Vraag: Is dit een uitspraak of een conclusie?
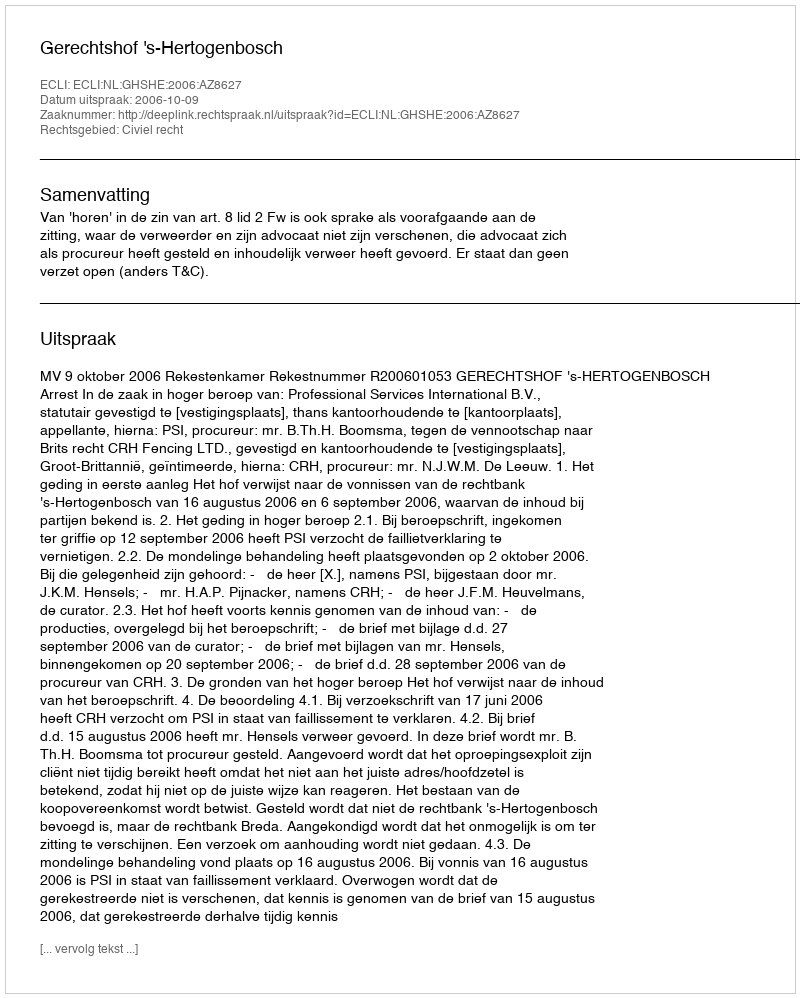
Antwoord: Uitspraak